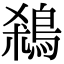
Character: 𪀣